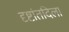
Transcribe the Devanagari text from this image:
दृष्टांतदिला